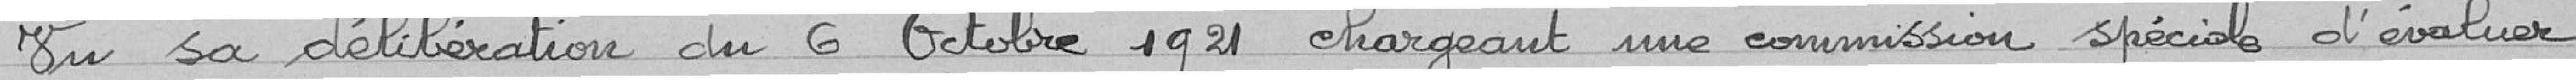
Vu sa délibération du 6 octobre 1921 chargeant une commission spéciale d'évaluer